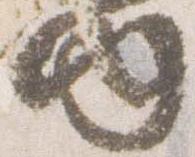
内